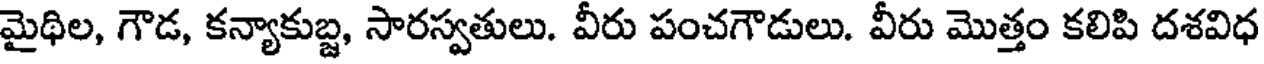
మైథిల, గౌడ, కన్యాకుబ్జ, సారస్వతులు. వీరు పంచగౌడులు. వీరు మొత్తం కలిపి దశవిధ